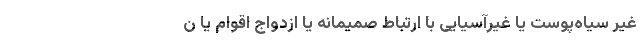
غیر سیاه‌پوست یا غیرآسیایی با ارتباط صمیمانه یا ازدواج اقوام یا ن